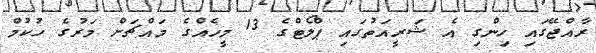
ރާއްޖޭގައި ހިންގި އެ ޝަރީއަތުގައި ޕްލޯޓްގެ 13 މީހެއްގެ މައްޗަށް މަރުގެ ހުކުމް